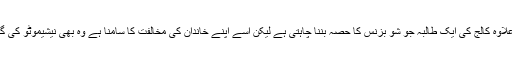
اس کے علاوہ کالج کی ایک طالبہ جو شو بزنس کا حصہ بننا چاہتی ہے لیکن اسے اپنے خاندان کی مخالفت کا سامنا ہے وہ بھی نیشیموٹو کی گاہک ہے۔